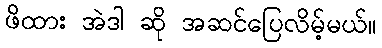
ဖိထား အဲဒါ ဆို အဆင်ပြေလိမ့်မယ်။